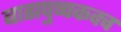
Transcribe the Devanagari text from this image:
बाह्मपुष्पकवच